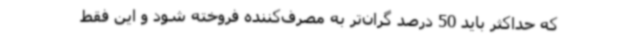
که حداکثر باید 50 درصد گران‌تر به مصرف‌کننده فروخته شود و این فقط